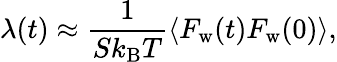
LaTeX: \lambda(t)\approx\frac{1}{Sk_{\mathrm{B}}T}\langle F_{\mathrm{w}}(t)F_{\mathrm{w}}(0)\rangle,